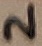
Text: 2